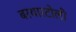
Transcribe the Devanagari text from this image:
बरथारटोली